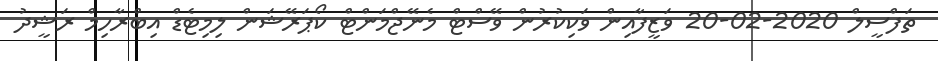
ތަފްސީލް 2020-02-20 ވަޒީފާއިން ވަކިކުރުން ވޭސްޓް މެނޭޖްމަންޓް ކޯޕަރޭޝަން ލިމިޓެޑް އިބްރާހިމް ރަޝީދު